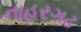
નાહરગઢ